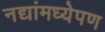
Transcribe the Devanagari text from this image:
नद्यांमध्येपण